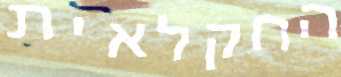
החקלאית